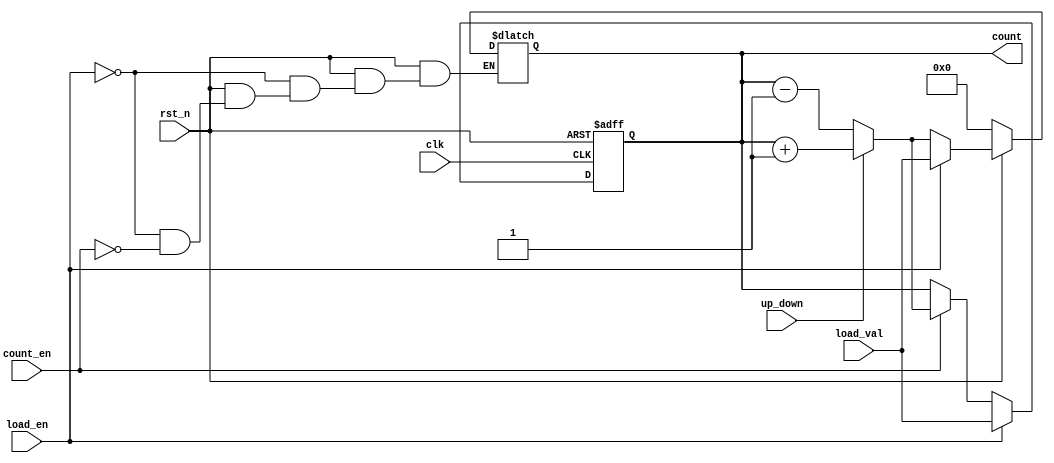
module async_load_counter (
    input wire clk,            // Clock signal
    input wire rst_n,         // Asynchronous reset (active low)
    input wire load_en,       // Load enable signal
    input wire count_en,      // Count enable signal
    input wire up_down,       // Up/Down control signal (1 for up, 0 for down)
    input wire [7:0] load_val, // Value to load into the counter
    output reg [7:0] count    // Current count value
);

    // Asynchronous reset
    always @(*) begin
        if (!rst_n) begin
            count = 8'b0; // Reset count to 0
        end else if (load_en) begin
            count = load_val; // Load new value asynchronously
        end else if (count_en) begin
            if (up_down) begin
                count = count + 1; // Increment count
            end else begin
                count = count - 1; // Decrement count
            end
        end
    end

    // Sequential logic for counting on clock edge
    always @(posedge clk or negedge rst_n) begin
        if (!rst_n) begin
            count <= 8'b0; // Reset count to 0
        end else if (load_en) begin
            count <= load_val; // Load new value asynchronously
        end else if (count_en) begin
            if (up_down) begin
                count <= count + 1; // Increment count
            end else begin
                count <= count - 1; // Decrement count
            end
        end
    end

endmodule